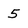
Character: 5